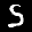
Label: 5